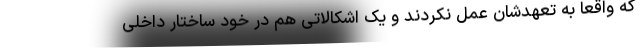
که واقعاً به تعهدشان عمل نکردند و یک اشکالاتی هم در خود ساختار داخلی